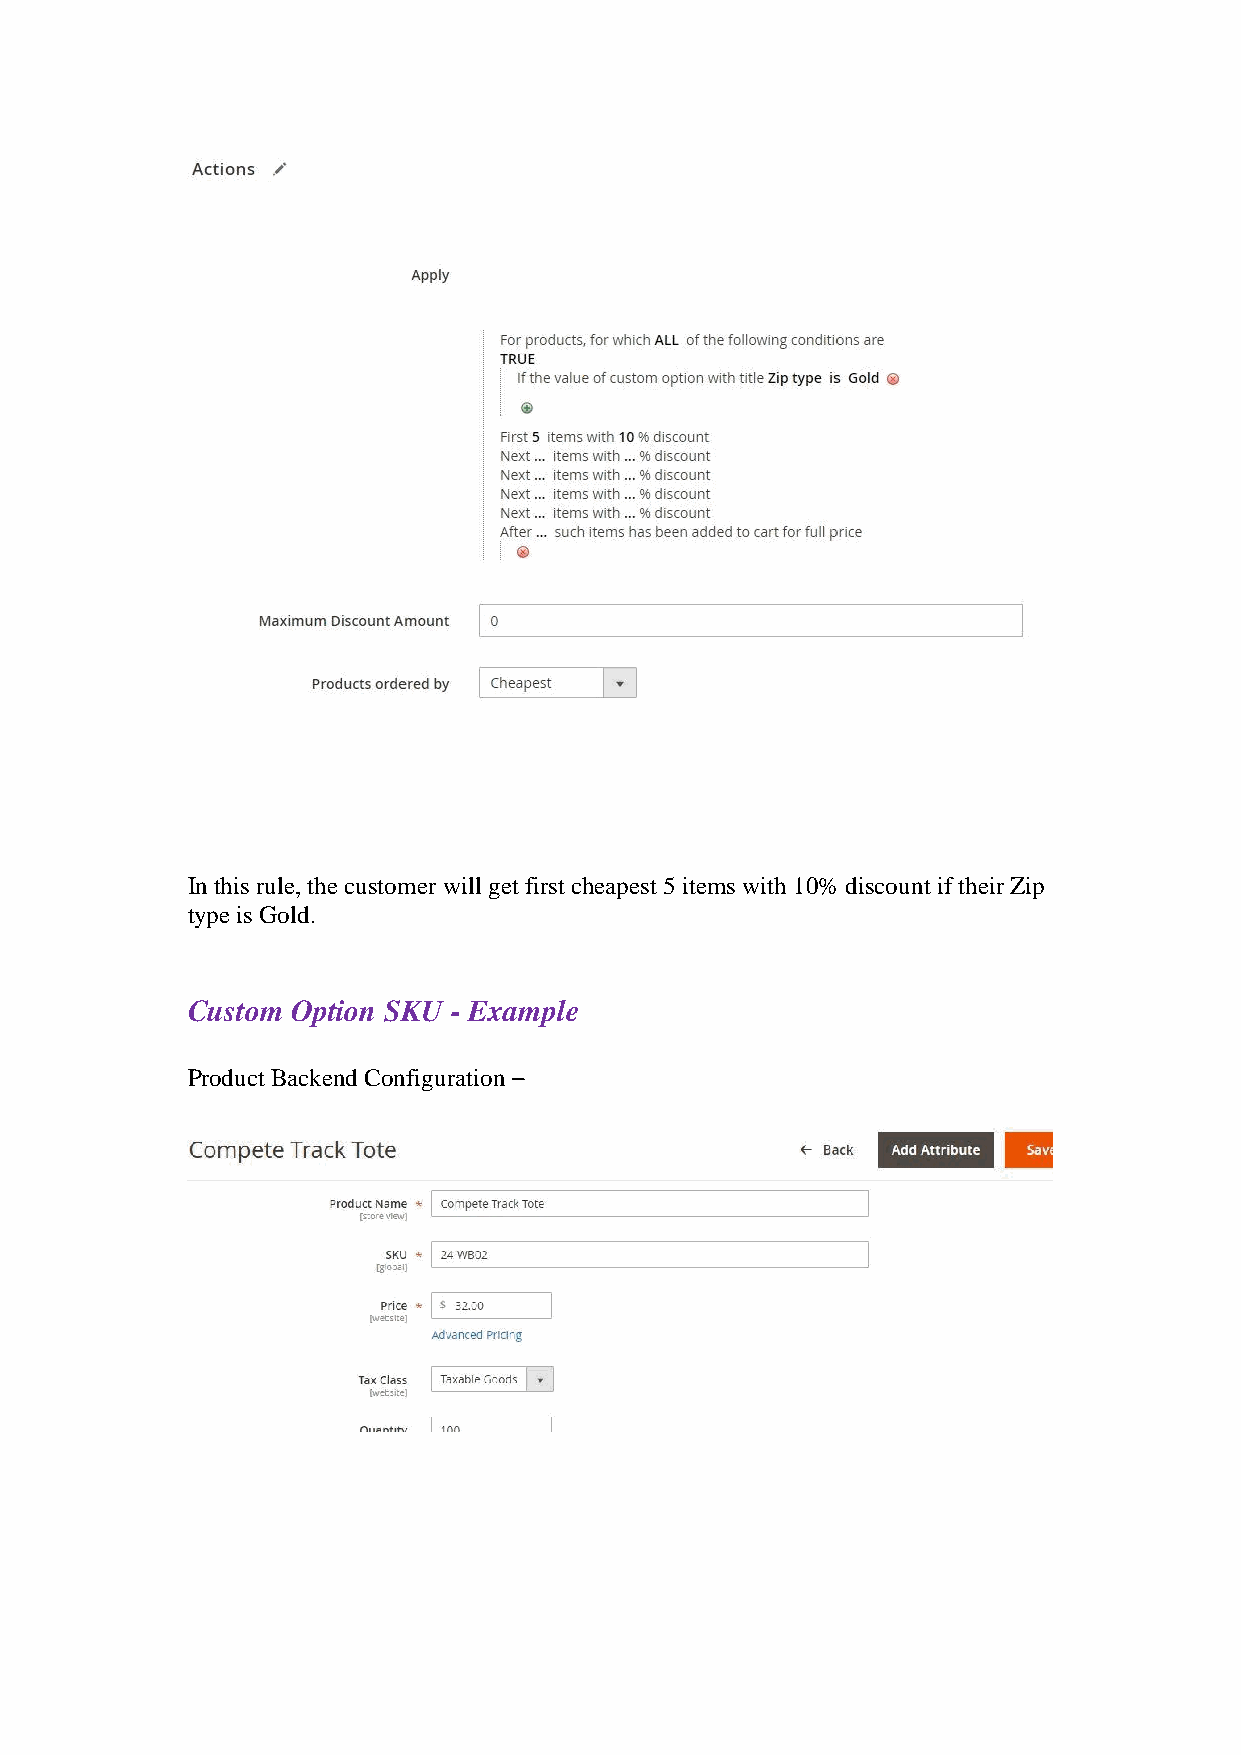
In this rule, the customer will get first cheapest 5 items with 10% discount if their Zip
 type is Gold.
 Custom Option SKU - Example
 Product Backend Configuration –